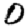
Digit: 0